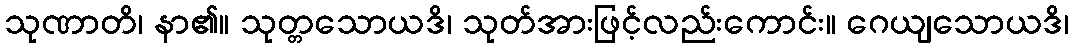
သုဏာတိ၊ နာ၏။ သုတ္တသောယဒိ၊ သုတ်အားဖြင့်လည်းကောင်း။ ဂေယျသောယဒိ၊